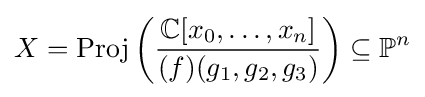
X={\text{Proj}}\left({\frac {\mathbb {C} [x_{0},\ldots ,x_{n}]}{(f)(g_{1},g_{2},g_{3})}}\right)\subseteq \mathbb {P} ^{n}